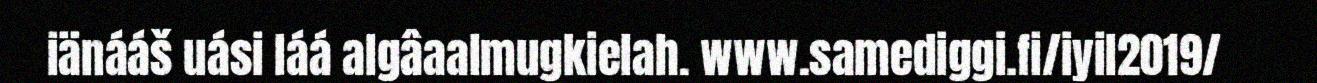
iänááš uási láá algâaalmugkielah. www.samediggi.fi/iyil2019/